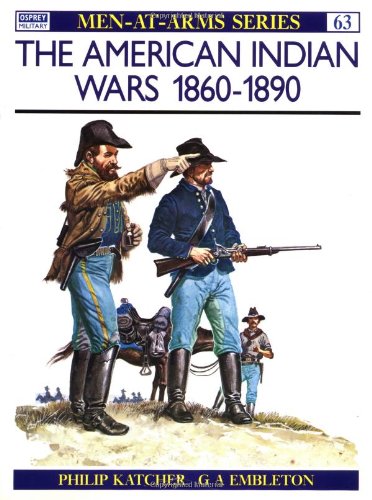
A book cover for The American Indian Wars 1860-1890 (Men at Arms Series, 63); Philip Katcher; History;